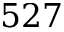
5 2 7